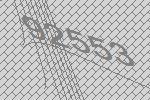
92553